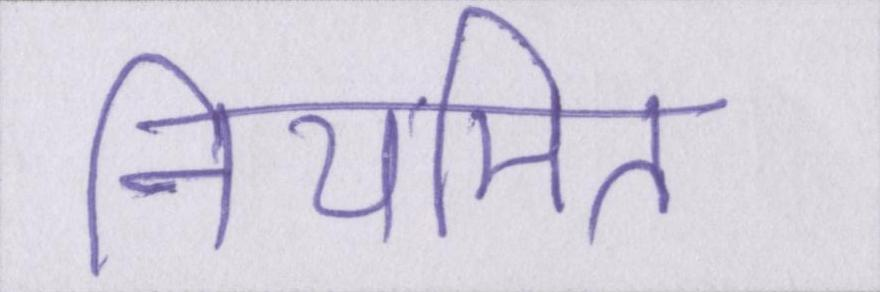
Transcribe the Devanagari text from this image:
नियमित